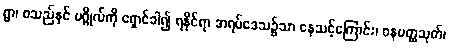
ရွာ၊ စသည်နှင် ပဂ္ဂိုလ်ကို ရှောင်ခါ၍ ရနိုင်ရာ အရပ်ဒေသ၌သာ နေသင့်ကြောင်း၊ ဝနပတ္ထသုတ်၊